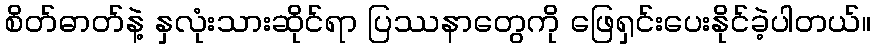
စိတ်ဓာတ်နဲ့ နှလုံးသားဆိုင်ရာ ပြဿနာတွေကို ဖြေရှင်းပေးနိုင်ခဲ့ပါတယ်။